Report on the working of the Ranchi Indian Mental Hospital, Kanke, in Bihar and Orissa - 1930-1940
Year: 1930
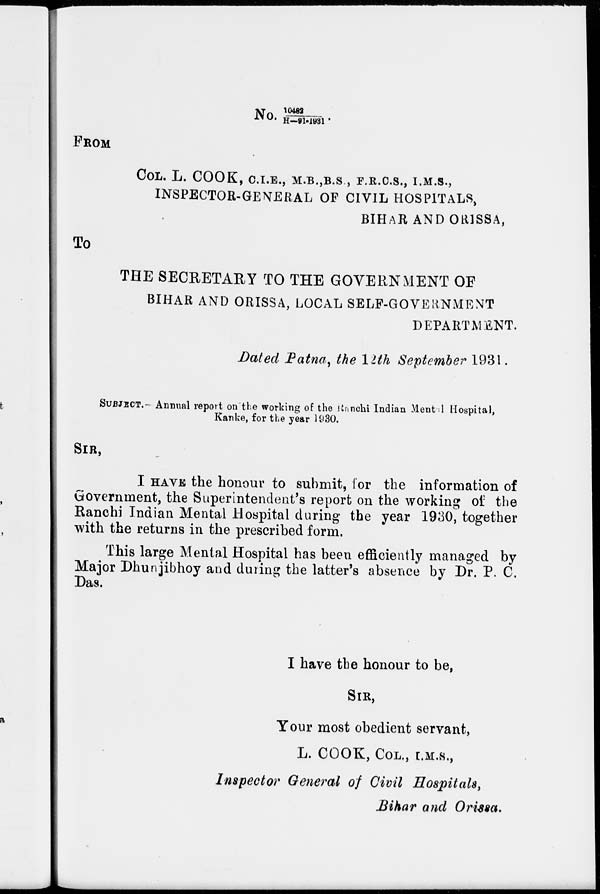
No. 10482/H—91-1931.
FROM
COL. L. COOK, C.I .E., M.B., B.S , F.R.C.S., I.M.S.,
INSPECTOR-GENERAL OF CIVIL HOSPITALS,
BIHAR AND OR1SSA,
To
THE SECRETARY TO THE GOVERNMENT OF
BIHAR AND ORISSA, LOCAL SELF-GOVERNMENT
DEPARTMENT.
Dated Patna, the 12th September 1931.
SUBJECT.- Annual report on the working of the Ranchi Indian Mental Hospital,
Kanke, for the year 1930.
SIR,
I HAVE the honour to submit, for the information of
Government, the Superintendent's report on the working of the
Ranchi Indian Mental Hospital during the year 1930, together
with the returns in the prescribed form.
This large Mental Hospital has been efficiently managed by
Major Dhunjibhoy and during the latter's absence by Dr. P. C.
Das.
I have the honour to be,
SIR,
Your most obedient servant,
L. COOK, COL., I.M.S.,
Inspector General of Civil Hospitals,
Bihar and Orissa.